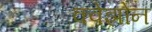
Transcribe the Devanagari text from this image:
क्वेझोन